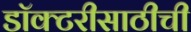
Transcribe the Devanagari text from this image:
डॉक्टरीसाठीची